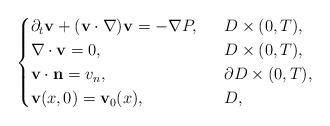
LaTeX: \begin{align*}\begin{cases}\partial_t\mathbf{v}+(\mathbf{v}\cdot \nabla)\mathbf{v}=-\nabla P,\ \ &D\times (0,T),\\\nabla\cdot \mathbf{v}=0,\ \ &D\times (0,T),\\\mathbf{v}\cdot \mathbf{n}=v_n,\ \ &\partial D\times (0,T),\\\mathbf{v}(x, 0)=\mathbf{v}_0(x), \ \ &D,\end{cases}\end{align*}